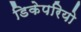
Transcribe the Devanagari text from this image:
डिकेपरियो